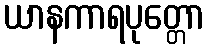
ယာနကာရပုတ္တော